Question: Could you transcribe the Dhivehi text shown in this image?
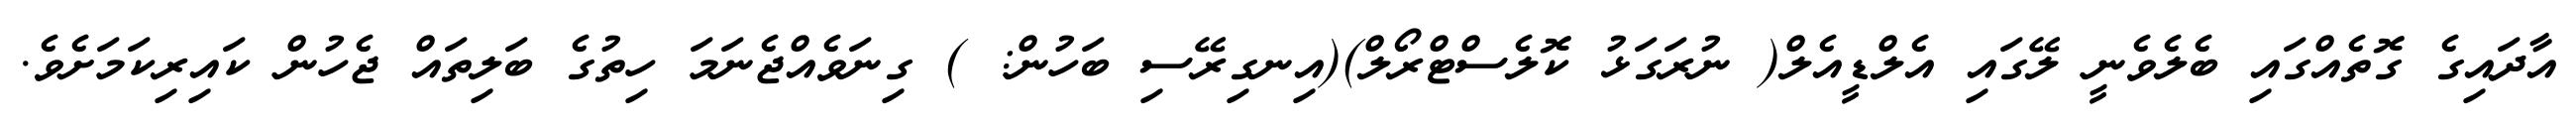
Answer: އާދައިގެ ގޮތެއްގައި ބެލެވެނީ ލޭގައި އެލްޑީއެލް( ނުރަގަޅު ކޮލެސްޓްރޯލް)(އިނގިރޭސި ބަހުން: ) ގިނަވެއްޖެނަމަ ހިތުގެ ބަލިތައް ޖެހުން ކައިރިކަމަށެވެ.